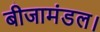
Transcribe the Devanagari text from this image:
बीजामंडल।